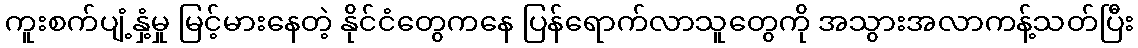
ကူးစက်ပျံ့နှံ့မှု မြင့်မားနေတဲ့ နိုင်ငံတွေကနေ ပြန်ရောက်လာသူတွေကို အသွားအလာကန့်သတ်ပြီး